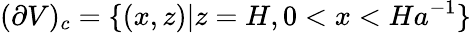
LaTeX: (\partial V)_{c}=\{ (x,z)|z=H,0<x<Ha^{-1}\}